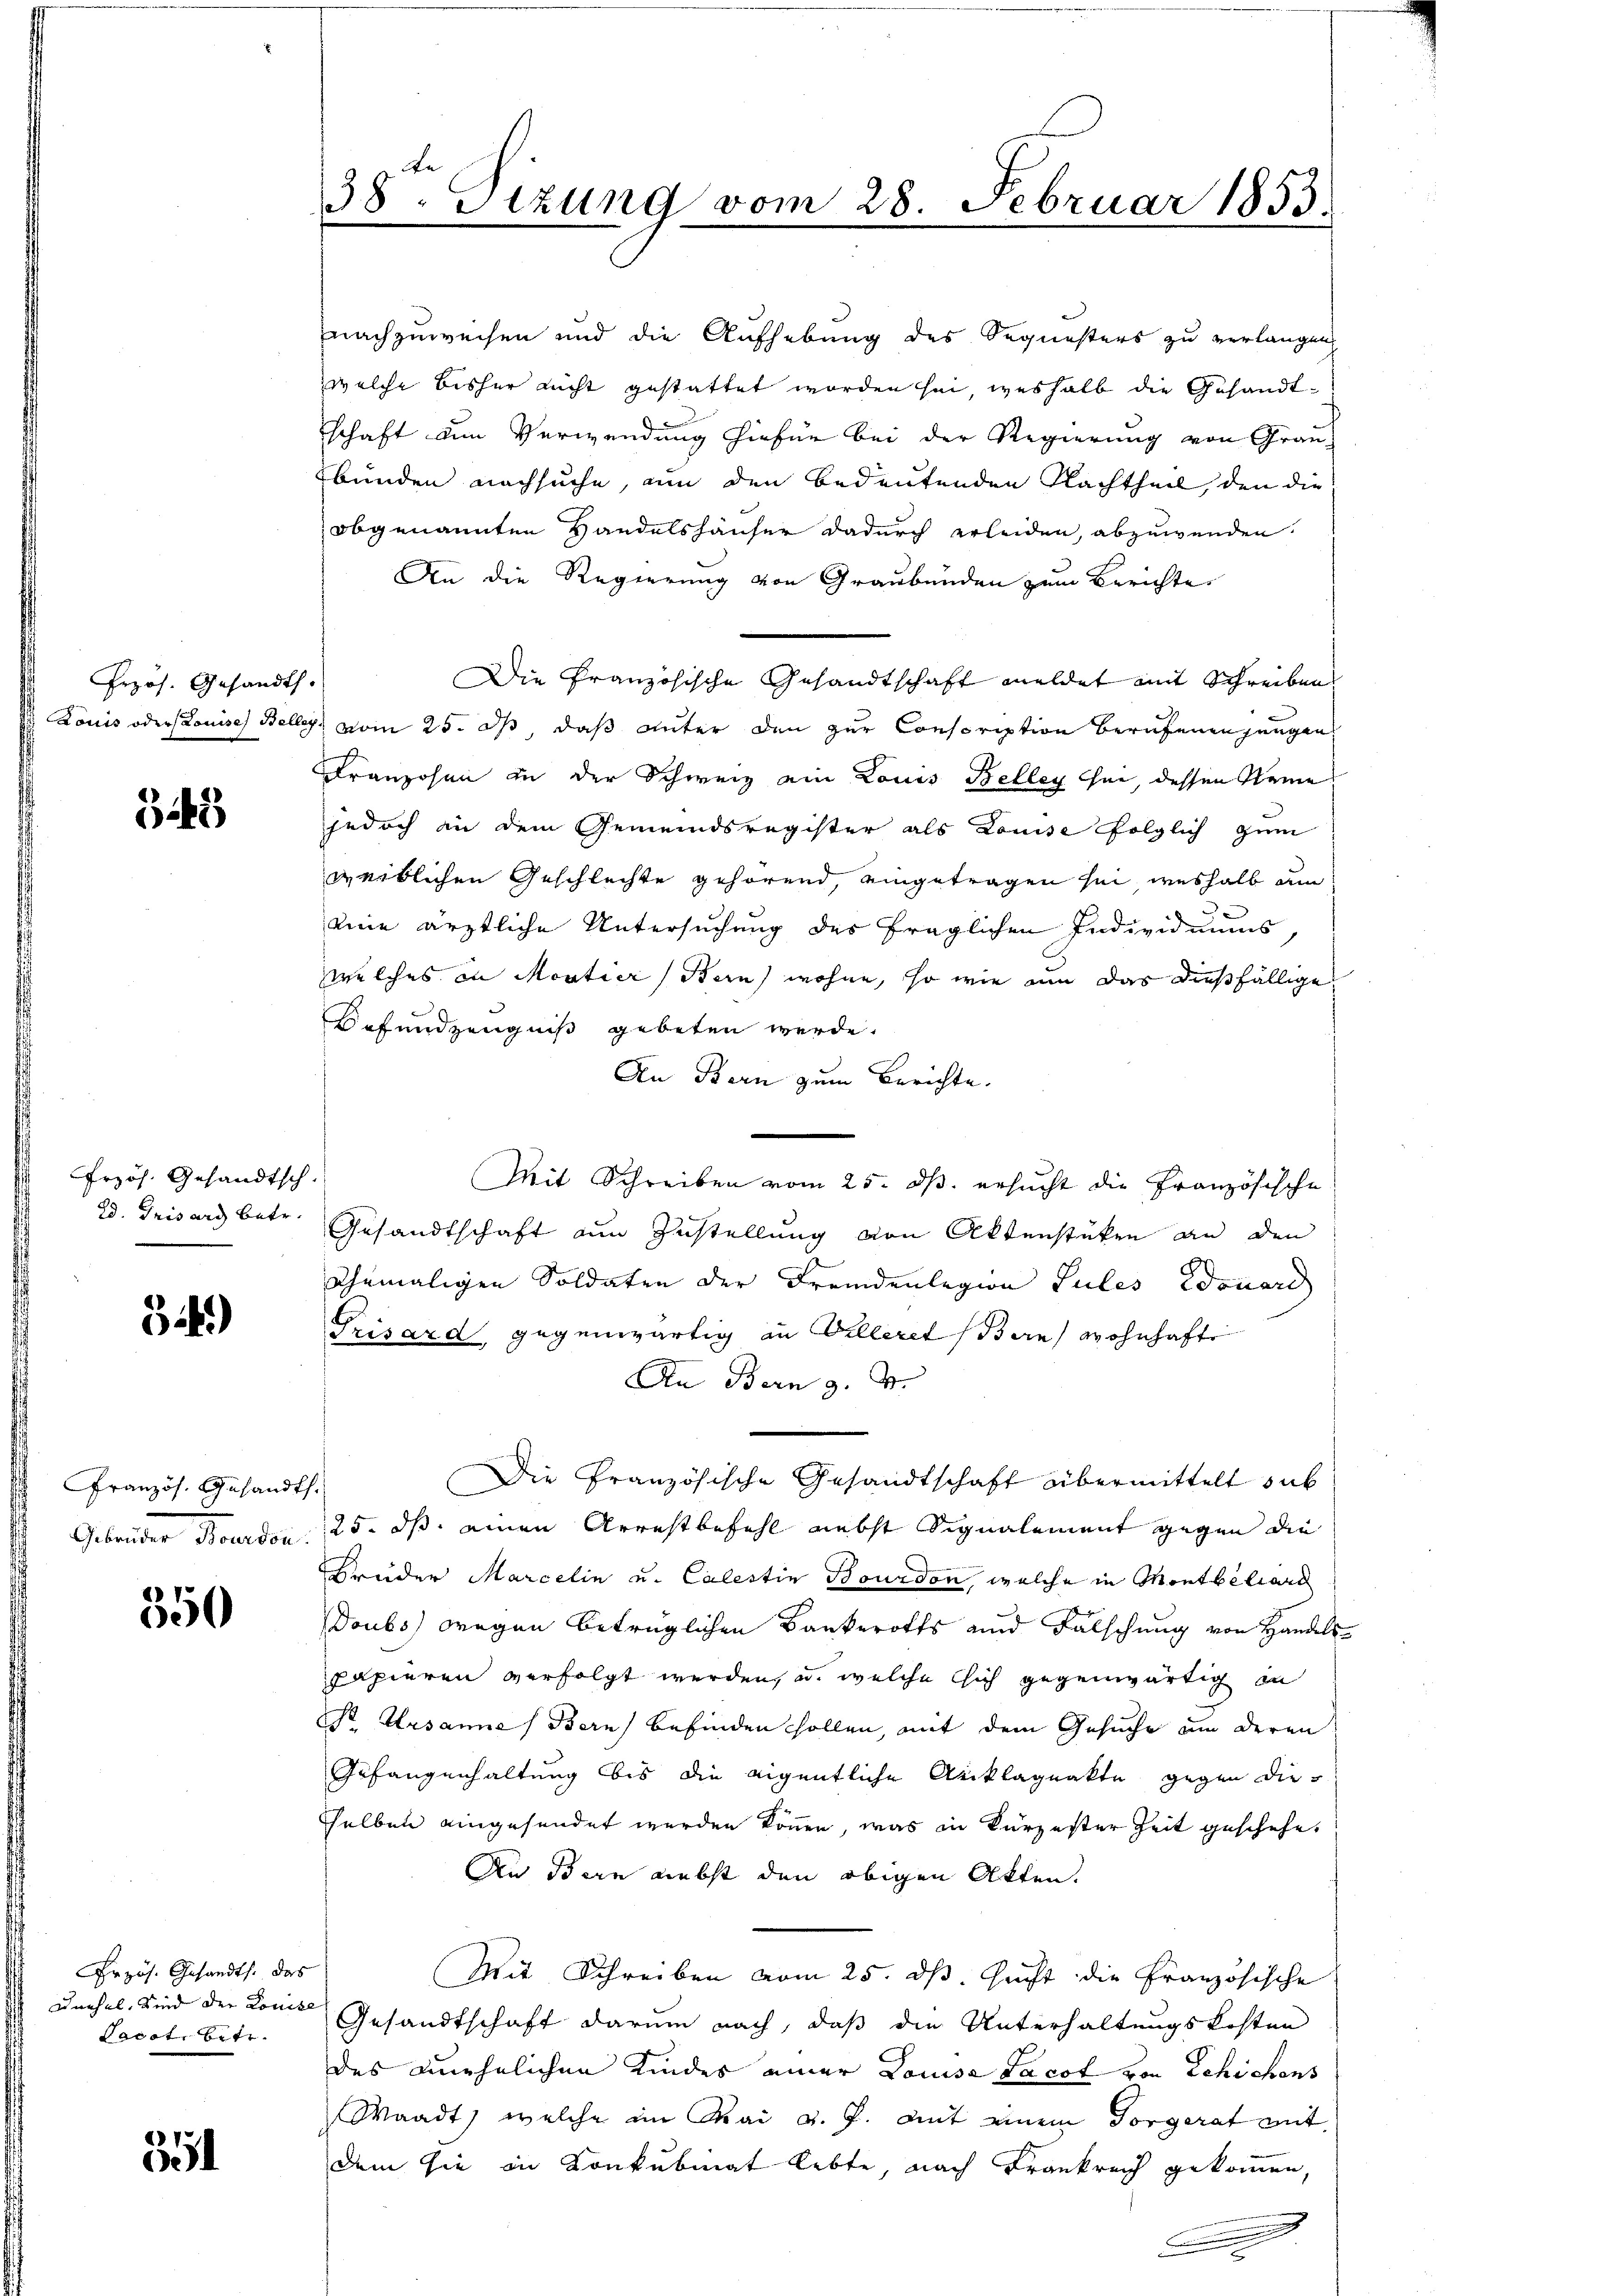
Prpos. Gesandth.
Louis oder Louise Belle

33)

Frzös. Gesandtsch.
2d. Grisard betr.

54.)

ranzös. Gesandt,
Gebenden Stander

350

Erzös. Gesandts. das
Cachel, Sind der Louise
Sacot, betr.

351

38. Sitzung vom 28. Februar 1853.

nachzuweisen und die Aufhebung des Sequesters zu verlangen,
welche bisher nicht gestattet worden sei, weshalb die Gesandtschaft den Verwendung hiefür bei der Regierung von Gran
bunden nachsuche, um den bedeutenden Nachtheil, den die
obgenannten Handelshäuser dadurch erleiden, abzuwenden.
An die Regierung von Graubünden zum Berichte
Die Französische Gesandtschaft meldet mit Schreiben
 vom 25. ds, daß unter den zur Conscription Berufenen jungen
Franzosen in der Schweiz ein Louis Belleg her, dessen Name
jedoch in dem Gemeindsregister als Louise folglich zum
weiblichen Geschlechte gehörend, eingetragen sei, weshalb um
eine ärztliche Untersuchung des fraglichen Individuums,
welches in Moutier Bern, wohne, so wie um das dießfällige
Befundzeugniß gebeten werde.
An Bern zum Berichte.
Mit Schreiben vom 25. ds. ersucht die Französische
Gesandtschaft zum Zustellung von Aktenstüken an den
themaligen Soldaten der Fremdenlegion Jules Edouard
Trisard gegenwärtig an Villeret (Bern) wohnhaft
An Bern z. B.
Die Französische Gesandtschaft übermittelt sub
1
25. ds einen Arrestbefehl nebst Signalement gegen die
Brüder Marcelin u. Calestin Bourdon, welche in Montbiliars
Doubs wegen betrüglichen Bankerotts und Falschung von Handels-
papieren verfolgt werden, u. welche sich gegenwärtig in
St. Ursanne) Bern) befinden sollen, mit dem Gesuche um deren
Gefangenhaltung bis die eigentliche Ariklageakte gegen die
sselben eingesendet werden können, was in Kürzester Zeit geschehe,
An Bern nebst den obigen Akten.
Mit Schreiben vom 25. ds. sucht die Französische
Gesandtschaft darum nach, daß die Unterhaltungskosten
des unehelichen Kindes einer Louisa Jacot von Schichens
Waadt, welche im Mai v. J. mit einem Sorgerat mit
dem sie in Konkubinat lebte, nach Frankreich gekommen,